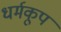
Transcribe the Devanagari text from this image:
धर्मकूप